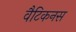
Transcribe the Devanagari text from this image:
वैटिकनस